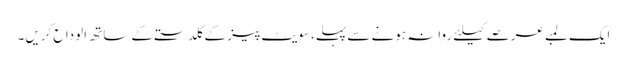
ایک لمبے عرصے کیلئے روانہ ہونے سے پہلے، سویٹ پیز کے گلدستے کے ساتھ الوداع کریں۔